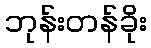
ဘုန်းတန်ခိုး